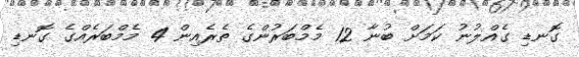
ގޮނޑި ގެއްލުނު ކަމަށް ބުނާ 12 މެމްބަރުންގެ ތެރެއިން 4 މެމްބަރެއްގެ ގޮނޑި